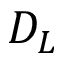
D _ { L }